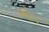
ઓપ